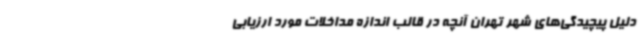
دلیل پیچیدگی‌های شهر تهران آنچه در قالب اندازه مداخلات مورد ارزیابی